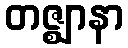
တဇ္ဈာနာ